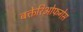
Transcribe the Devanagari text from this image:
बक्तेरिओफगेस